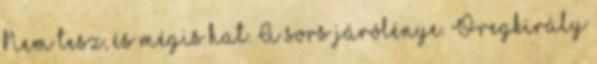
Nem tesz, és mégis hat. A sors járólénye. Öregkirály